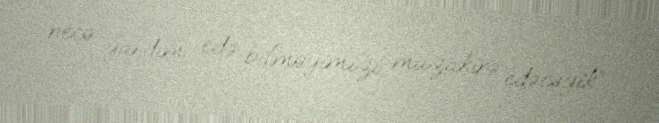
necə yardım edə bilməyimizi müzakirə edəcəyik”.